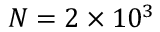
N = 2 \times 1 0 ^ { 3 }